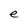
Character: e